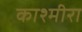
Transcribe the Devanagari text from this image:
काश्मीरा